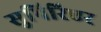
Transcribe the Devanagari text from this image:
सुपिरिएर